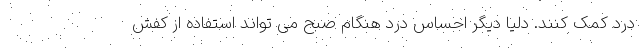
درد کمک کنند. دلیا دیگر احساس درد هنگام صبح می تواند استفاده از کفش